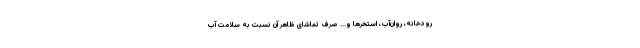
رودخانه،‌ روان‌آب، استخرها و... صرف تماشای ظاهر آن نسبت به سلامت آب